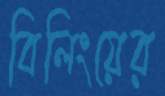
বিলিংয়ের